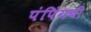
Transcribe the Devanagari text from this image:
पंपिंगची